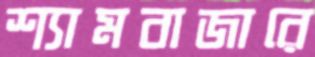
শ্যামবাজারে